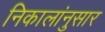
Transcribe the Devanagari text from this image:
निकालांनुसार